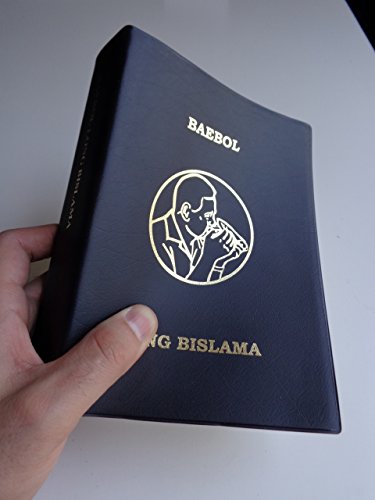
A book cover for BAEBOL LONG BISLAMA blong Vanuatu / The Bible in Vanuatu BISLAMA Language / Language of Vanuatu Islands / BSSP R063P / Color Maps, Study Aids; Bible Society; Travel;